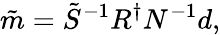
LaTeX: \tilde{m}=\tilde{S}^{-1}R^{\dagger}N^{-1}d,